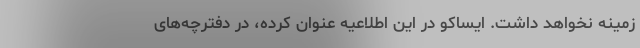
زمینه نخواهد داشت. ایساکو در این اطلاعیه عنوان کرده، در دفترچه‌های